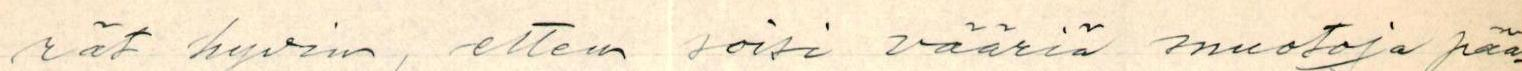
rät hyvin, ettem soisi vääriä muotoja pää-